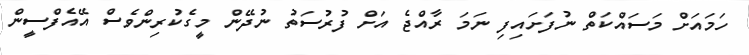
ހަމައަށް މަސައްކަތް ނުފަށައިފި ނަމަ ރާއްޖެ އަށް ފުރުސަތު ނުދޭން މީގެކުރިންވެސް އޭއެފްސީން